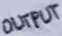
Text: OUTPUT